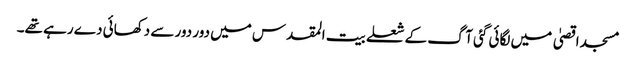
مسجد اقصیٰ میں لگائی گئی آگ کے شعلے بیت المقدس میں دور دور سے دکھائی دے رہے تھے۔